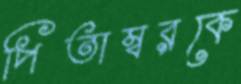
পিতাম্বরকে